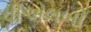
વીએલબી